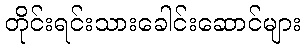
တိုင်းရင်းသားခေါင်းဆောင်များ